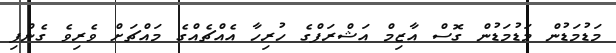
މަޑުމަޑުން މަޑުމަޑުން ގޮސް އާޒިމް އަޝްރަފްގެ ހުރިހާ އެއްޗެއްގެ މައްޗަށް ވެރިވެ ގެންފި